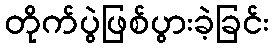
တိုက်ပွဲဖြစ်ပွားခဲ့ခြင်း